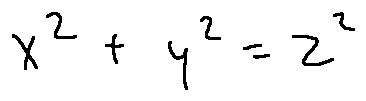
x ^ { 2 } + y ^ { 2 } = z ^ { 2 }